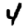
Digit: 4